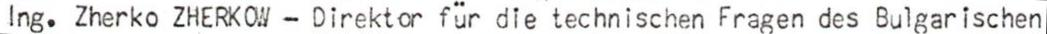
Ing. Zherko ZHERKOW - Direktor für die technischen Fragen des Bulgarischen